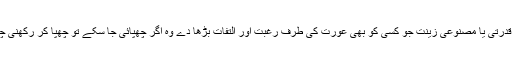
کوئی قدرتی یا مصنوعی زینت جو کسی کو بھی عورت کی طرف رغبت اور التفات بڑھا دے وہ اگر چھپائی جا سکے تو چھپا کر رکھنی چاہیے۔